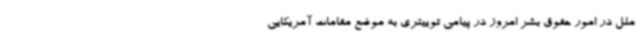
ملل در امور حقوق بشر امروز در پیامی توییتری به موضع مقامات آمریکایی